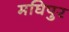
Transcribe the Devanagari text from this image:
मघिपुर